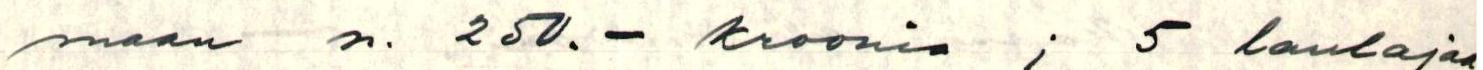
maan n. 250.- kroonia ; 5 laulajaa